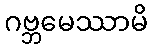
ဂဗ္ဘမေဿာမိ